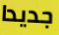
جديدا